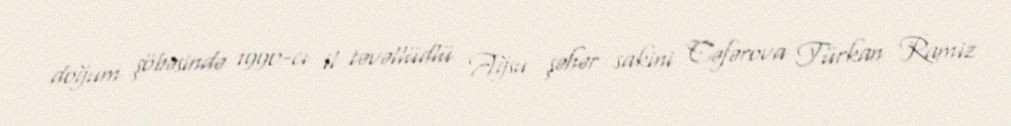
doğum şöbəsində 1990-cı il təvəllüdlü Ağsu şəhər sakini Cəfərova Türkan Ramiz